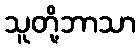
သူတို့ဘာသာ